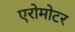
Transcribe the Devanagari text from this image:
एरोमोटर